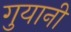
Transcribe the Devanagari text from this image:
गुयानी